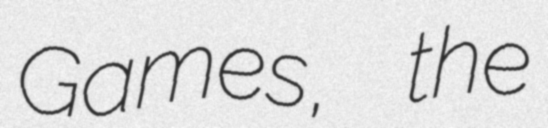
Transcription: Games, the